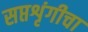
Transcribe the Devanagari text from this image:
सप्तशृंगीचा